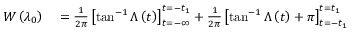
\begin{array} { r l } { W \left( \lambda _ { 0 } \right) } & { { } = \frac { 1 } { 2 \pi } \left[ \tan ^ { - 1 } \Lambda \left( t \right) \right] _ { t = - \infty } ^ { t = - t _ { 1 } } + \frac { 1 } { 2 \pi } \left[ \tan ^ { - 1 } \Lambda \left( t \right) + \pi \right] _ { t = - t _ { 1 } } ^ { t = t _ { 1 } } } \end{array}